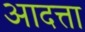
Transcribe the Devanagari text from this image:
आदत्ता